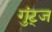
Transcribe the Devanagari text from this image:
गुंट्ज